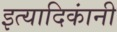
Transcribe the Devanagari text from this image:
इत्यादिकांनी